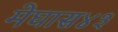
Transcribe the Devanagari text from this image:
मेघास४३